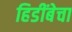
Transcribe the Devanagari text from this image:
हिडींबेचा